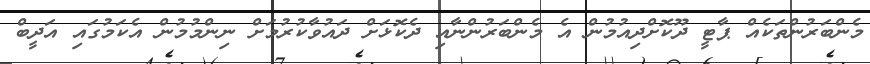
މެންބަރުންތަކެއް ޕާޓީ ދޫކޮށްދިއުމުން އެ މެންބަރުންނާއި ދެކޮޅަށް ދައުވާކުރުމަށް ނިންމުމުން އެކަމުގައި އަދީބް